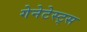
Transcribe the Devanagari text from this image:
गेनेटेस्ट्स